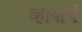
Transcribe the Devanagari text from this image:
व्हायाचं